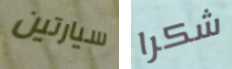
سيارتين شكرا